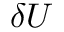
\delta U